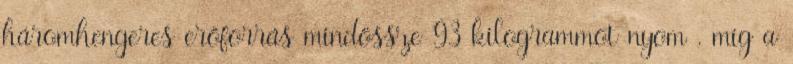
háromhengeres erőforrás mindössze 93 kilogrammot nyom , míg a